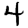
Digit: 4